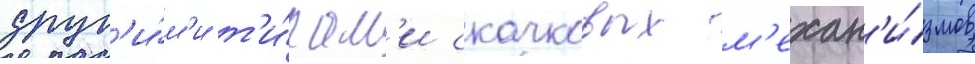
друг'и́м'и т'и́пам'и скачковых м'ехан'и́змов